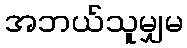
အဘယ်သူမျှမ